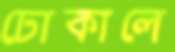
ঢোকালে